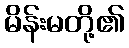
မိန်းမတို့၏